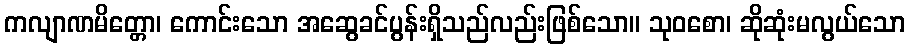
ကလျာဏမိတ္တော၊ ကောင်းသော အဆွေခင်ပွန်းရှိသည်လည်းဖြစ်သော။ သုဝစော၊ ဆိုဆုံးမလွယ်သော